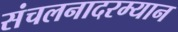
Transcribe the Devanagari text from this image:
संचलनादरम्यान